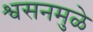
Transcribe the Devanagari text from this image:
श्वसनमुळे